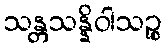
သန္တသန္နိဝါသဉ္စ